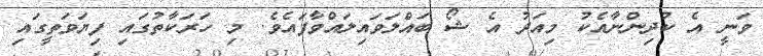
ވަނީ އެ ކުދިންނާއެކު މިއަދު އެ ޝޯ ބައްލަވައިލައްވާފައެވެ. މި ހަރަކާތުގައި ފިޔަވަތީގައި